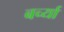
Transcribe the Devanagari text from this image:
बर्च्या